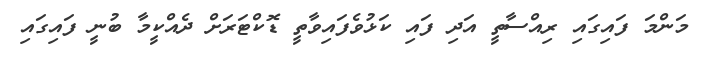
މަންމަ ފައިގައި ރިއްސާތީ އަދި ފައި ކަޅުވެފައިވާތީ ޑޮކްޓަރަށް ދެއްކީމާ ބުނީ ފައިގައި